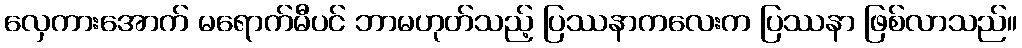
လှေကားအောက် မရောက်မီပင် ဘာမဟုတ်သည့် ပြဿနာကလေးက ပြဿနာ ဖြစ်လာသည်။